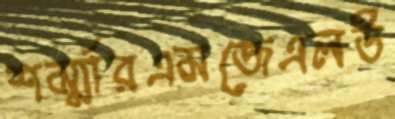
শর্ম্মারএমজেএলউ